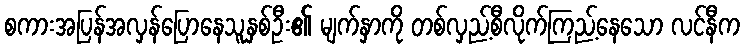
စကားအပြန်အလှန်ပြောနေသူနှစ်ဦး၏ မျက်နှာကို တစ်လှည့်စီလိုက်ကြည့်နေသော လင်နီက